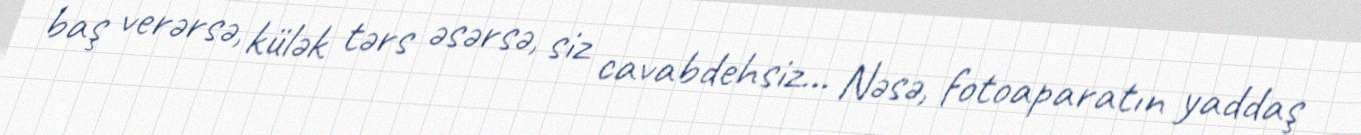
baş verərsə, külək tərs əsərsə, siz cavabdehsiz... Nəsə, fotoaparatın yaddaş